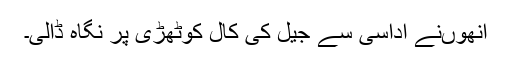
انھوںنے اداسی سے جیل کی کال کوٹھڑی پر نگاہ ڈالی۔